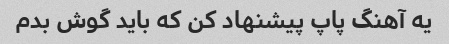
یه آهنگ پاپ پیشنهاد کن که باید گوش بدم